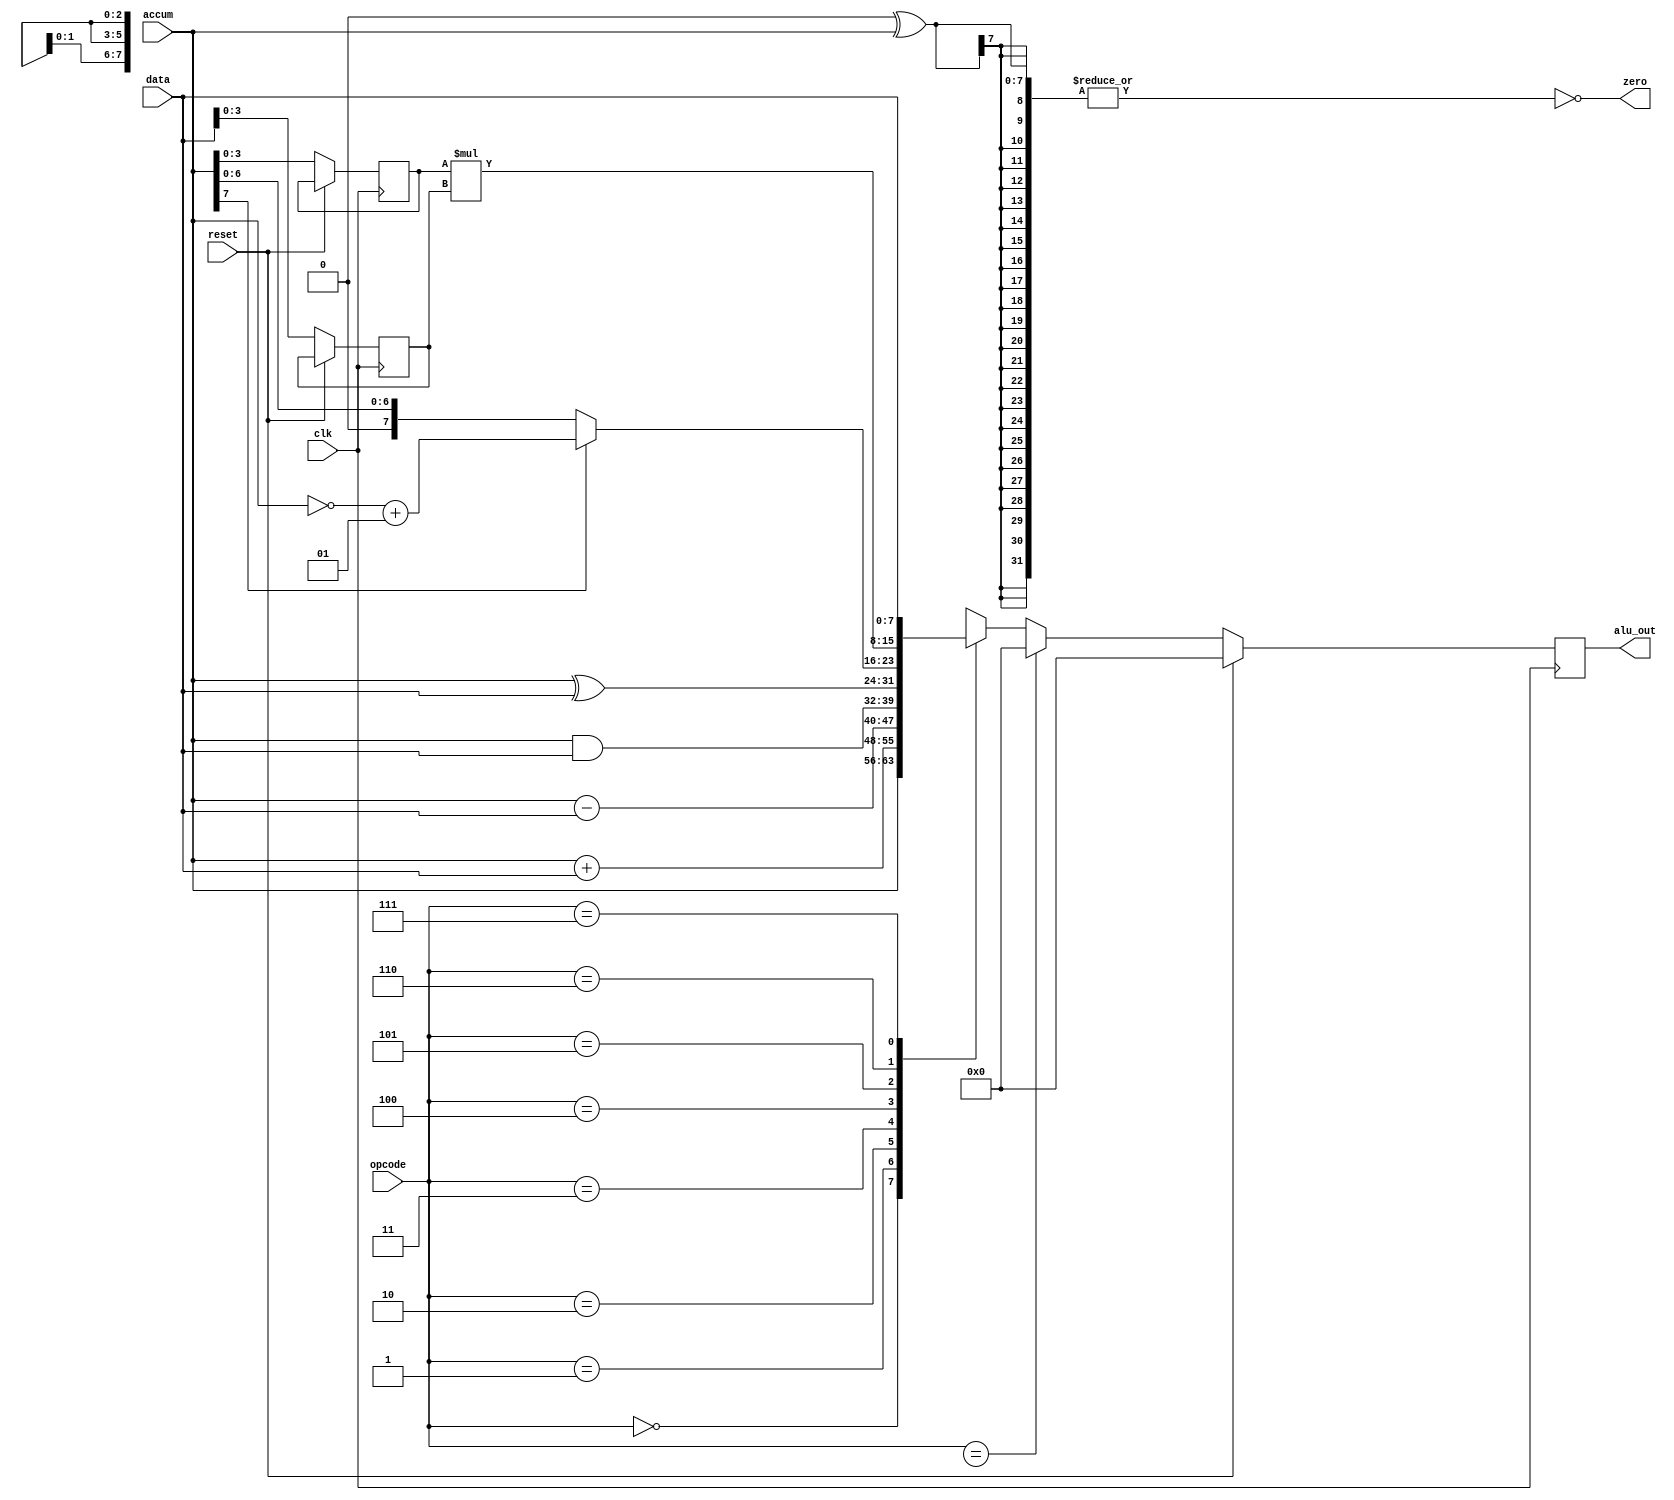
`timescale 1ns / 1ps

module alu (
    output reg [7:0] alu_out, 
    output wire zero, 
    input[2:0] opcode, 
    input signed [7:0] accum, 
    input signed [7:0] data, 
    input reset,
    input clk);

    reg [7:0] temp;
    assign zero = !(|(0^accum));
    reg signed [3:0] a;
    reg signed [3:0] b;
 
    always @ (posedge clk) begin
        if(!reset) begin
            a[3:0] <= accum[3:0];
            b[3:0] <= data[3:0];
            if(opcode == 3'bxxx) 
                alu_out = 0; 
            else begin
                case(opcode)
                    0: alu_out <= accum; 
                    1: alu_out <= accum + data;
                    2: alu_out <= accum - data;
                    3: alu_out <= accum & data;
                    4: alu_out <= accum ^ data;
                    5: alu_out <= accum[7] ? ~accum+1 : accum;
                    6: alu_out <= a*b;
                    // 6: alu_out <= (accum[3]^data[3]) ? 
                    //                 ((accum[3]) ? 
                    //                     -((-accum[2:0]&8'h07)*data[2:0]): 
                    //                     -((-data[2:0]&8'h07)*accum[2:0])):
                    //                 (accum[2:0]*data[2:0]);
                    7: alu_out <= data;
                    default: alu_out <= 0;
                endcase
            end
        end
        else begin
            alu_out <= 0;
        end
    end
endmodule